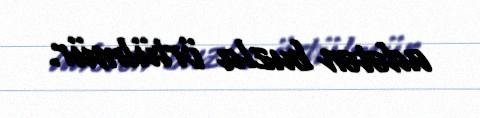
adətən buzla örtülmür.